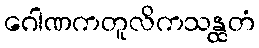
ဂေါဏကတူလိကသန္ထတံ